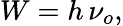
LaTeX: W=h\, \nu_{o},